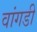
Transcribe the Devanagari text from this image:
वांगडी